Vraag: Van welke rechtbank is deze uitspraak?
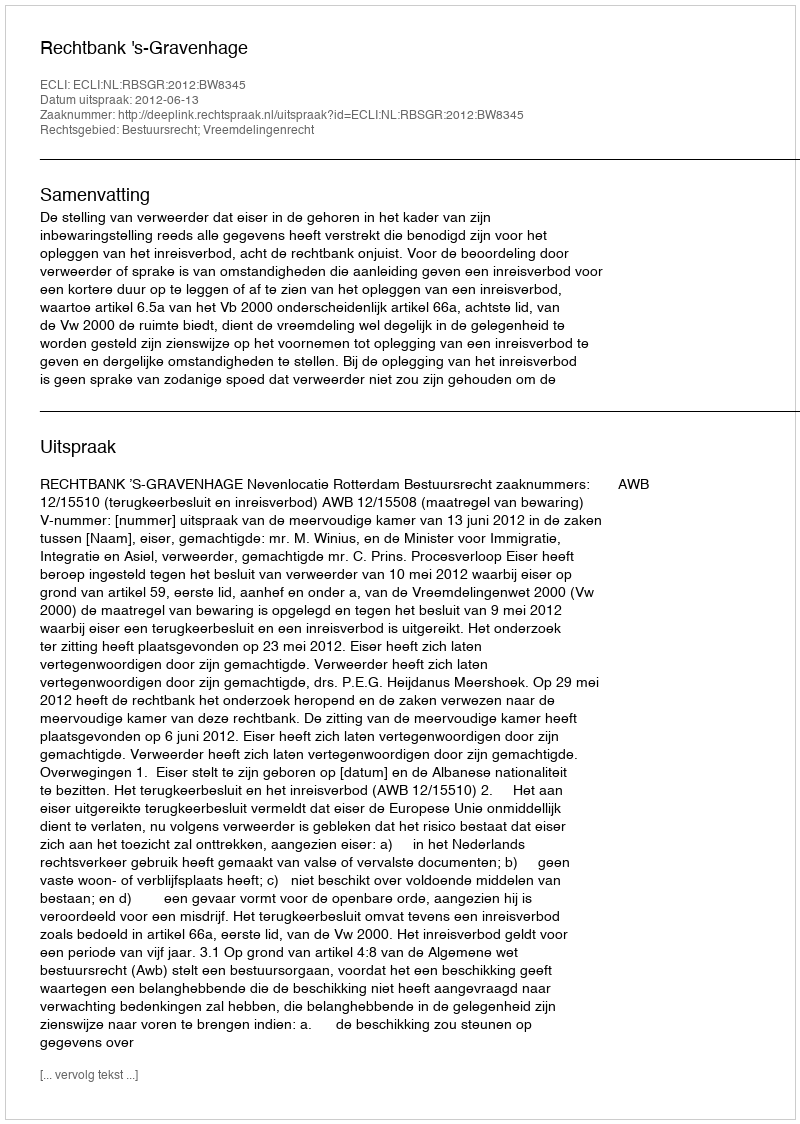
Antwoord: Rechtbank 's-Gravenhage